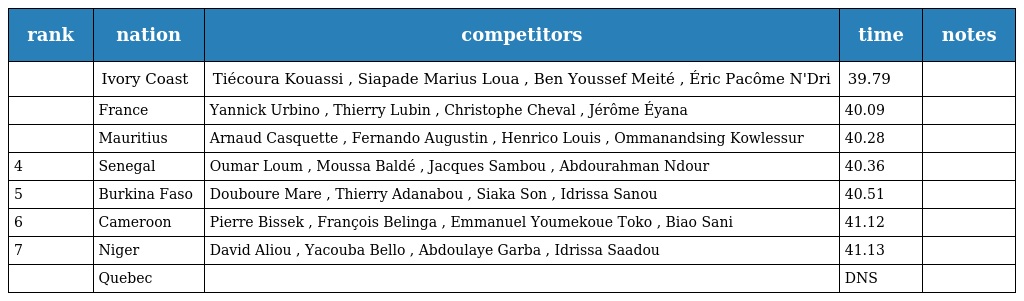
| rank | nation | competitors | time | notes |
 | --- | --- | --- | --- | --- |
 |  | Ivory Coast | Tiécoura Kouassi , Siapade Marius Loua , Ben Youssef Meité , Éric Pacôme N'Dri | 39.79 |  |
 |  | France | Yannick Urbino , Thierry Lubin , Christophe Cheval , Jérôme Éyana | 40.09 |  |
 |  | Mauritius | Arnaud Casquette , Fernando Augustin , Henrico Louis , Ommanandsing Kowlessur | 40.28 |  |
 | 4 | Senegal | Oumar Loum , Moussa Baldé , Jacques Sambou , Abdourahman Ndour | 40.36 |  |
 | 5 | Burkina Faso | Douboure Mare , Thierry Adanabou , Siaka Son , Idrissa Sanou | 40.51 |  |
 | 6 | Cameroon | Pierre Bissek , François Belinga , Emmanuel Youmekoue Toko , Biao Sani | 41.12 |  |
 | 7 | Niger | David Aliou , Yacouba Bello , Abdoulaye Garba , Idrissa Saadou | 41.13 |  |
 |  | Quebec |  | DNS |  |